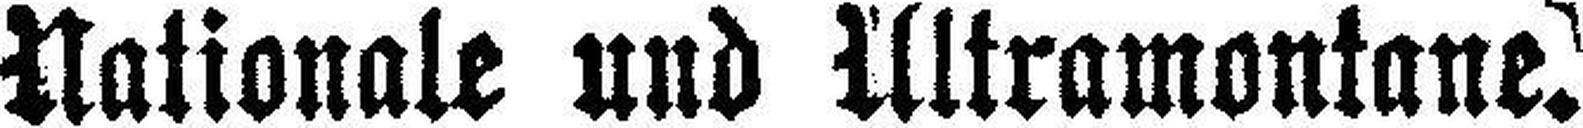
Nationale und Ultramontane.